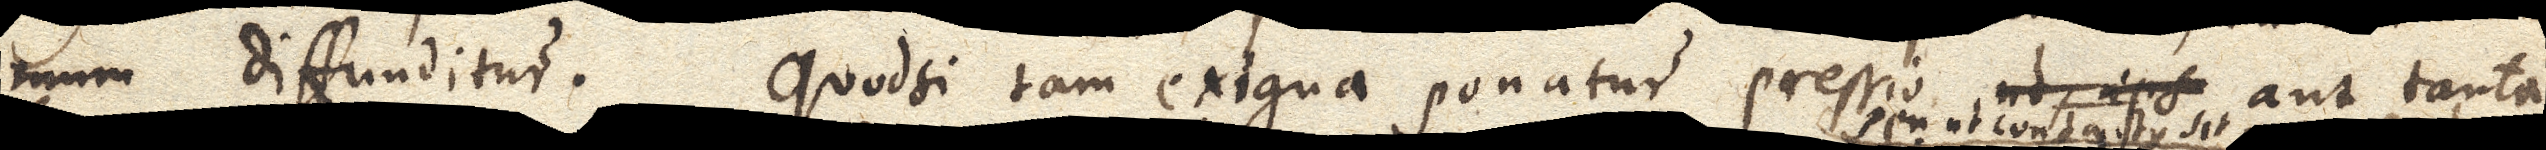
mum diffunditur. Quodsi tam exigua ponatur pressio _, _ aut tanta